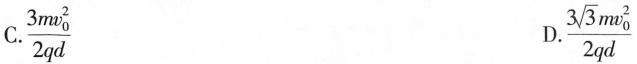
C.\frac{3mv_{0}^{2}}{2qd} D.\frac{3\sqrt{3} m v_{0}^{2}}{2qd}